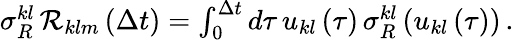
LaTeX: \begin{array}{r}{\sigma_{R}^{kl}\, {\cal R}_{klm}\left(\Delta t\right)=\int_{0}^{\Delta t}d\tau\, u_{kl}\left(\tau\right)\, \sigma_{R}^{kl}\left(u_{kl}\left(\tau\right)\right)\, .}\end{array}